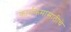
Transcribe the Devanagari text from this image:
कार्यक्रमासाठीचे